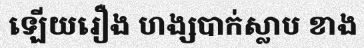
ឡើយរឿង ហង្សបាក់ស្លាប ខាង